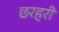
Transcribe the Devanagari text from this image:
छरहरी